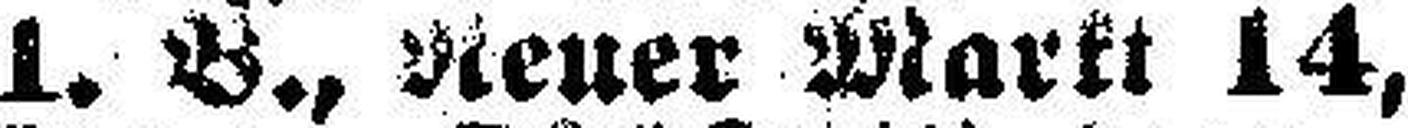
1. B., Neuer Markt 14,